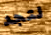
لتجد